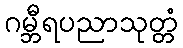
ဂမ္ဘီရပညာသုတ္တံ